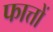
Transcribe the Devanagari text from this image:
फात्तों